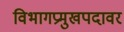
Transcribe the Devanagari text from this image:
विभागप्रमुखपदावर